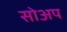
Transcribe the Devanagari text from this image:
सोअप